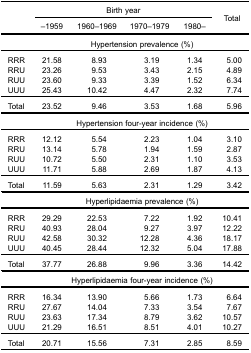
<table><thead><tr><td rowspan="3"><b> </b></td><td colspan="4"><b>Birth year</b></td><td rowspan="3"><b>Total</b></td></tr><tr><td><b>–1959</b></td><td><b>1960–1969</b></td><td><b>1970–1979</b></td><td><b>1980–</b></td></tr></thead><tbody><tr><td> </td><td colspan="5">Hypertension prevalence (%)</td></tr><tr><td>RRR</td><td>21.58</td><td>8.93</td><td>3.19</td><td>1.34</td><td>5.00</td></tr><tr><td>RRU</td><td>23.26</td><td>9.53</td><td>3.43</td><td>2.15</td><td>4.89</td></tr><tr><td>RUU</td><td>23.60</td><td>9.33</td><td>3.39</td><td>1.52</td><td>6.34</td></tr><tr><td>UUU</td><td>25.43</td><td>10.42</td><td>4.47</td><td>2.32</td><td>7.74</td></tr><tr><td>Total</td><td>23.52</td><td>9.46</td><td>3.53</td><td>1.68</td><td>5.96</td></tr><tr><td> </td><td colspan="5">Hypertension four-year incidence (%)</td></tr><tr><td>RRR</td><td>12.12</td><td>5.54</td><td>2.23</td><td>1.04</td><td>3.10</td></tr><tr><td>RRU</td><td>13.14</td><td>5.78</td><td>1.94</td><td>1.59</td><td>2.87</td></tr><tr><td>RUU</td><td>10.72</td><td>5.50</td><td>2.31</td><td>1.10</td><td>3.53</td></tr><tr><td>UUU</td><td>11.71</td><td>5.88</td><td>2.69</td><td>1.87</td><td>4.13</td></tr><tr><td>Total</td><td>11.59</td><td>5.63</td><td>2.31</td><td>1.29</td><td>3.42</td></tr><tr><td> </td><td colspan="5">Hyperlipidaemia prevalence (%)</td></tr><tr><td>RRR</td><td>29.29</td><td>22.53</td><td>7.22</td><td>1.92</td><td>10.41</td></tr><tr><td>RRU</td><td>40.93</td><td>28.04</td><td>9.27</td><td>3.97</td><td>12.22</td></tr><tr><td>RUU</td><td>42.58</td><td>30.32</td><td>12.28</td><td>4.36</td><td>18.17</td></tr><tr><td>UUU</td><td>40.45</td><td>28.44</td><td>12.32</td><td>5.04</td><td>17.88</td></tr><tr><td>Total</td><td>37.77</td><td>26.88</td><td>9.96</td><td>3.36</td><td>14.42</td></tr><tr><td> </td><td colspan="5">Hyperlipidaemia four-year incidence (%)</td></tr><tr><td>RRR</td><td>16.34</td><td>13.90</td><td>5.66</td><td>1.73</td><td>6.64</td></tr><tr><td>RRU</td><td>27.67</td><td>14.04</td><td>7.33</td><td>3.54</td><td>7.67</td></tr><tr><td>RUU</td><td>23.63</td><td>17.34</td><td>8.79</td><td>3.62</td><td>10.57</td></tr><tr><td>UUU</td><td>21.29</td><td>16.51</td><td>8.51</td><td>4.01</td><td>10.27</td></tr><tr><td>Total</td><td>20.71</td><td>15.56</td><td>7.31</td><td>2.85</td><td>8.59</td></tr></tbody></table>